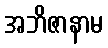
အဘိဇာနာမ